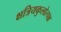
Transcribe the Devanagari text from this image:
क्षत्रियकुलोत्पन्न